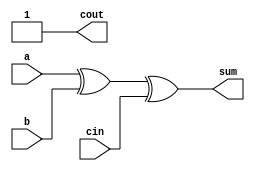
module full_adder1(a,b,cin,sum,cout);
input a,b,cin;
output sum,cout;
assign sum = a^b^cin;
assign cout = a&b|1'b1; 
// initial begin
//     $display("The incorrect adder with and1 and or1 having out/1 and in2/1");
// end   
endmodule